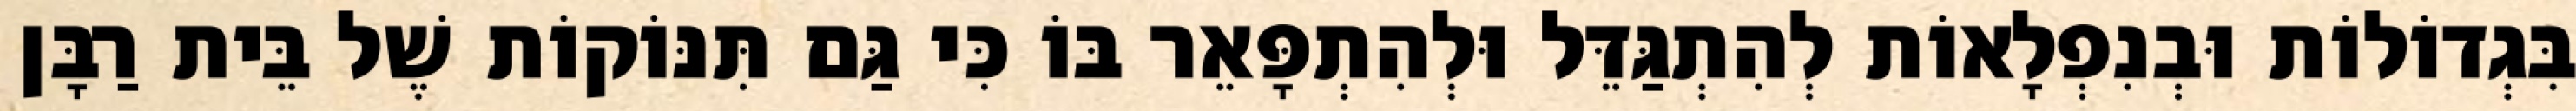
בִּגְדוֹלוֹת וּבְנִפְלָאוֹת לְהִתְגַּדֵּל וּלְהִתְפָּאֵר בּוֹ כִּי גַּם תִּנּוֹקוֹת שֶׁל בֵּית רַבָּן